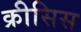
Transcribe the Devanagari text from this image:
क्रीसिस